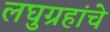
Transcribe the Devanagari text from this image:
लघुग्रहांचे